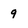
Character: 9